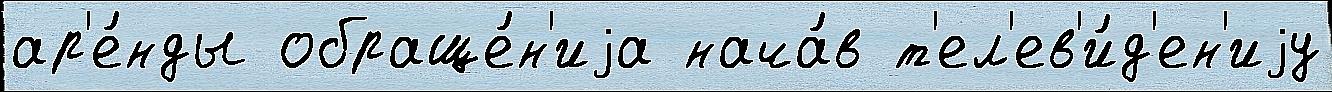
ар'е́нды обраще́н'иjа нача́в т'ел'ев'и́д'ен'иjу